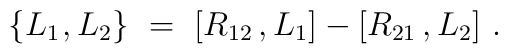
\{ L_1 \>\! , L_2 \}~=~[R_{12}\,,L_1] - [R_{21}\,,L_2]~.